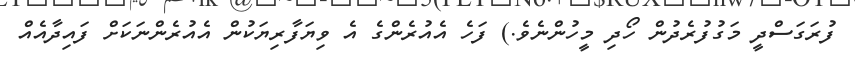
ފުރަގަސްދީ މަގުފުރެދުން ހޯދި މީހުންނެވެ.) ފަހެ އެއުރެންގެ އެ ވިޔަފާރިޔަކުން އެއުރެންނަކަށް ފައިދާއެއް